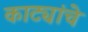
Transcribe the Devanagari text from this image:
काट्यांचे